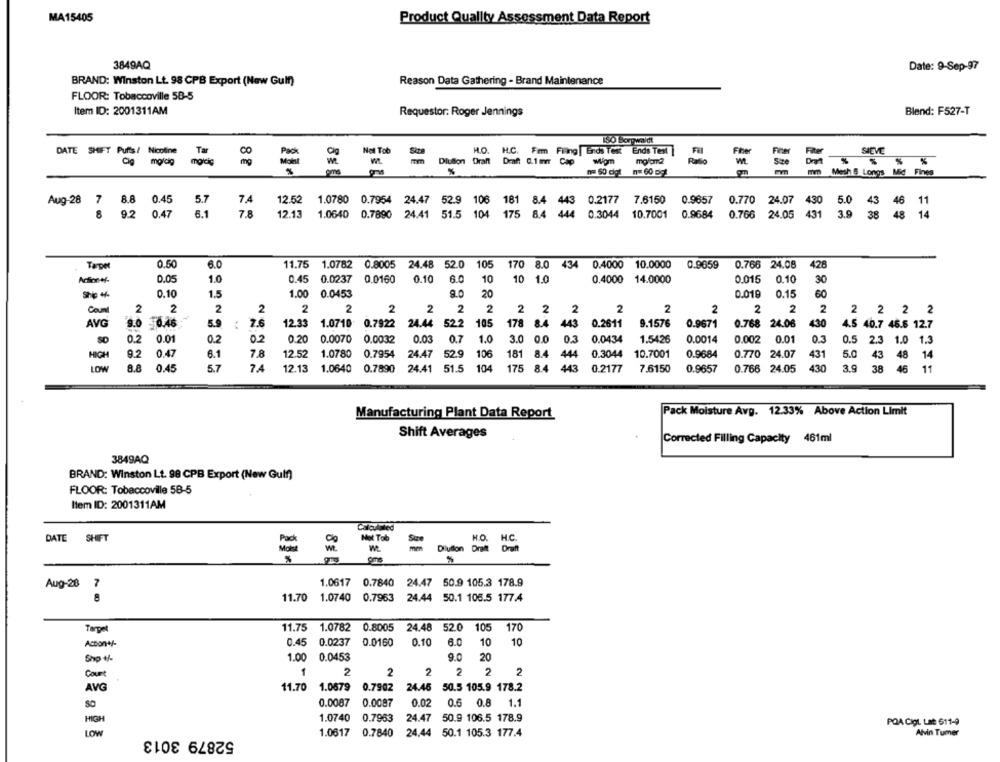
MA15405
Product Quality Assessment Data Report
3849AQ
Date: 9-Sep-97
BRAND: Winston Lt. 98 CPB Export (New Gulf)
Reason Data Gathering - Brand Maintenance
FLOOR: Tobaccoville 58-5
Item ID: 2001311AM
Requestor: Roger Jennings
Blend: F527-T
150 Borgwaldt
DATE SHIFT Pufts /
Nol Tob
Site
H.O. H.C. Fem Filing | Bids Test Ends Test
SICVE
Cig
Tar
mm
Wiiom
Dlution Draft Draft 0.1 mm Cap
Size
8×1
%
mmmm Mesh & Longs Mid Fines
Aug-28 7 8.8 0.45
5.7
7,4
12.52
1.0780 0.7954 24.47 52.9 106 181 8.4 443 0.2177
7.6150
0.9657
0.770 24.07 430 5.0 43 46 11
43
46
6.1
7.8
12.13
1.0640 0.7890 24.41 51.5 104 175 8.4 444 0.3044
10.7001 0.9684
8
9.2 0.47
0.766 24.05 431 3.9 38 48 14
431
3.9
Tamper
0.50
6.0
11.75 1.0782 0.8005 24.48 52.0 105
170 8.0 434 0.4000 10.0000
0.9659
0.766 24.08
428
Action-ef-
0.05
1.0
0.45 0.0237
0.0160
0.10
6.0
10
10 1.0
0.4000 14.0000
0.015
0.10
30
0.10
1.5
1.00 0.0453
9.0
20
0.019
0.15
60
Count
2
2
2
2
2
2
2
2
2
2
2 2
2
2
2
2
2
2
2
2 2 2 2
AVG
9.0 0.46
5.9
7.6
12.33 1.0710 0.7922
24.44
52.2
105
178 8.4 443
0.2611
9.1576
0.9671
0.768 24.06
430
4.5 40.7 46.6 12.7
SD
0.2
0.01
0.2
02
0.20 0.0070
0.0032
0.03
0.7
1.0
3.0 0.0
0.3
0.0434
1.5426
0.0014
0.002 0.01
0.3
0.5
2.3 1.0 1.3
HIGH
9.2
0.47
6.1
7.8
12.52
1.0780
0.7954
24.47
52.9
106
181
8.4
444
0.3044
10.7001
0.9684
0.770 24.07
431
5.0
43 48 14
43
LOW
8.8
0.45
5.7
74
12.13 1.0640
0.7890
24.41 51.5
104
175 8.4 443
0.2177
7.6150
0.9657
0.766 24.05
430
3.9
38
46 11
Pack Moisture Avg. 12.33% Above Action Limit
Manufacturing Plant Data Report
Shift Averages
Corrected Filling Capacity 461ml
3849AQ
BRAND: Winston Lt. 98 CPB Export (New Gulf)
FLOOR: Tobaccoville 58-5
Item ID: 2001311AM
Calculpled
DATE SHIFT
Pack
Not Tob
H.O. H.C.
H.C.
Dilution Draft Draft
We
Aug-28
1.0617 0.7840 24.47 50.9 105.3 178.9
8
11.70
1.0740 0.7963 24.44 50.1 106.5 177.4
Target
11.75 1.0782 0.8005 24.48 52.0
105
170
0.0237
0.10
Action+/-
0.45
0.0160
6.0
10
10
20
Shp +/-
1.00
0.0453
9.0
1
2
2
2
2
2
Count
2
11.70
1.0679
0.7902
24.45 50.5 105.9 178.2
AVG
0.0087
0.0087
0.02
0.6 0.8 1.1
1.0740
0.7953
HIGH
24.47
50.9 106.5 178.9
POA CigL Lat 611-9
1.0617
Alvin Tumer
LOW
52879 3013
0.7840
24,44 50.1 105.3 177.4